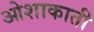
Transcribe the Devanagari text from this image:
ओशाकाती